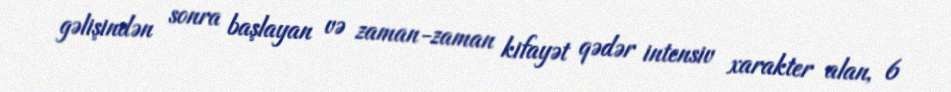
gəlişindən sonra başlayan və zaman-zaman kifayət qədər intensiv xarakter alan, 6